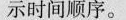
示时间顺序。